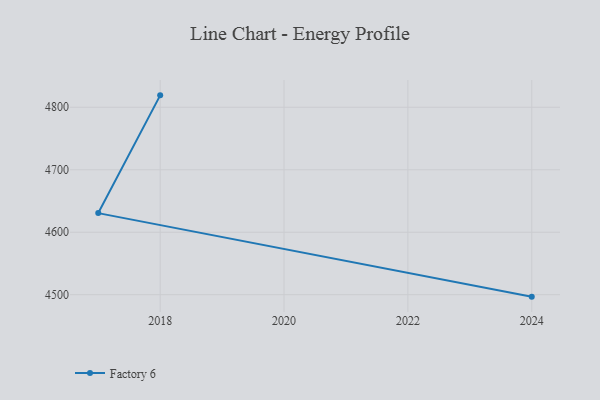
{"axis": {"x": "Year", "y": "Revenue (USD Million)"}, "legend": ["Factory 6"], "data": [{"x": "2024", "y": 4496.9, "type": "Factory 6"}, {"x": "2017", "y": 4630.6, "type": "Factory 6"}, {"x": "2018", "y": 4819.1, "type": "Factory 6"}]}